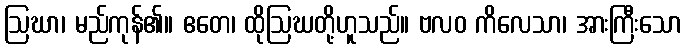
ဩဃာ၊ မည်ကုန်၏။ ဧတေ၊ ထိုဩဃတို့ဟူသည်။ ဗလဝ ကိလေသာ၊ အားကြီးသော